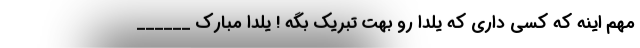
مهم اینه که کسی داری که یلدا رو بهت تبریک بگه ! یلدا مبارک ______